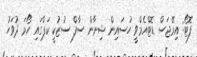
ފޮޓޯ: އިމޭޖަސް ޑޮޓްއެމްވީ ހުސައިން ޝިނާން ސާފް ސުޒުކީ ކަޕްގައި ހޯމަ ދުވަހު